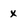
Character: x